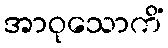
အာဝုသောကိံ